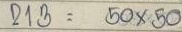
213 = 50 x 50